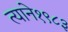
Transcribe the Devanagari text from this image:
त्याने१९८३